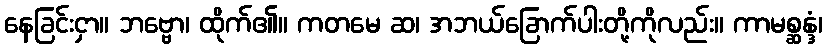
နေခြင်းငှာ။ ဘဗ္ဗော၊ ထိုက်၏။ ကတမေ ဆ၊ အဘယ်ခြောက်ပါးတို့ကိုလည်း။ ကာမစ္ဆန္ဒံ၊